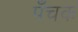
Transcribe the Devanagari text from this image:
पँचक